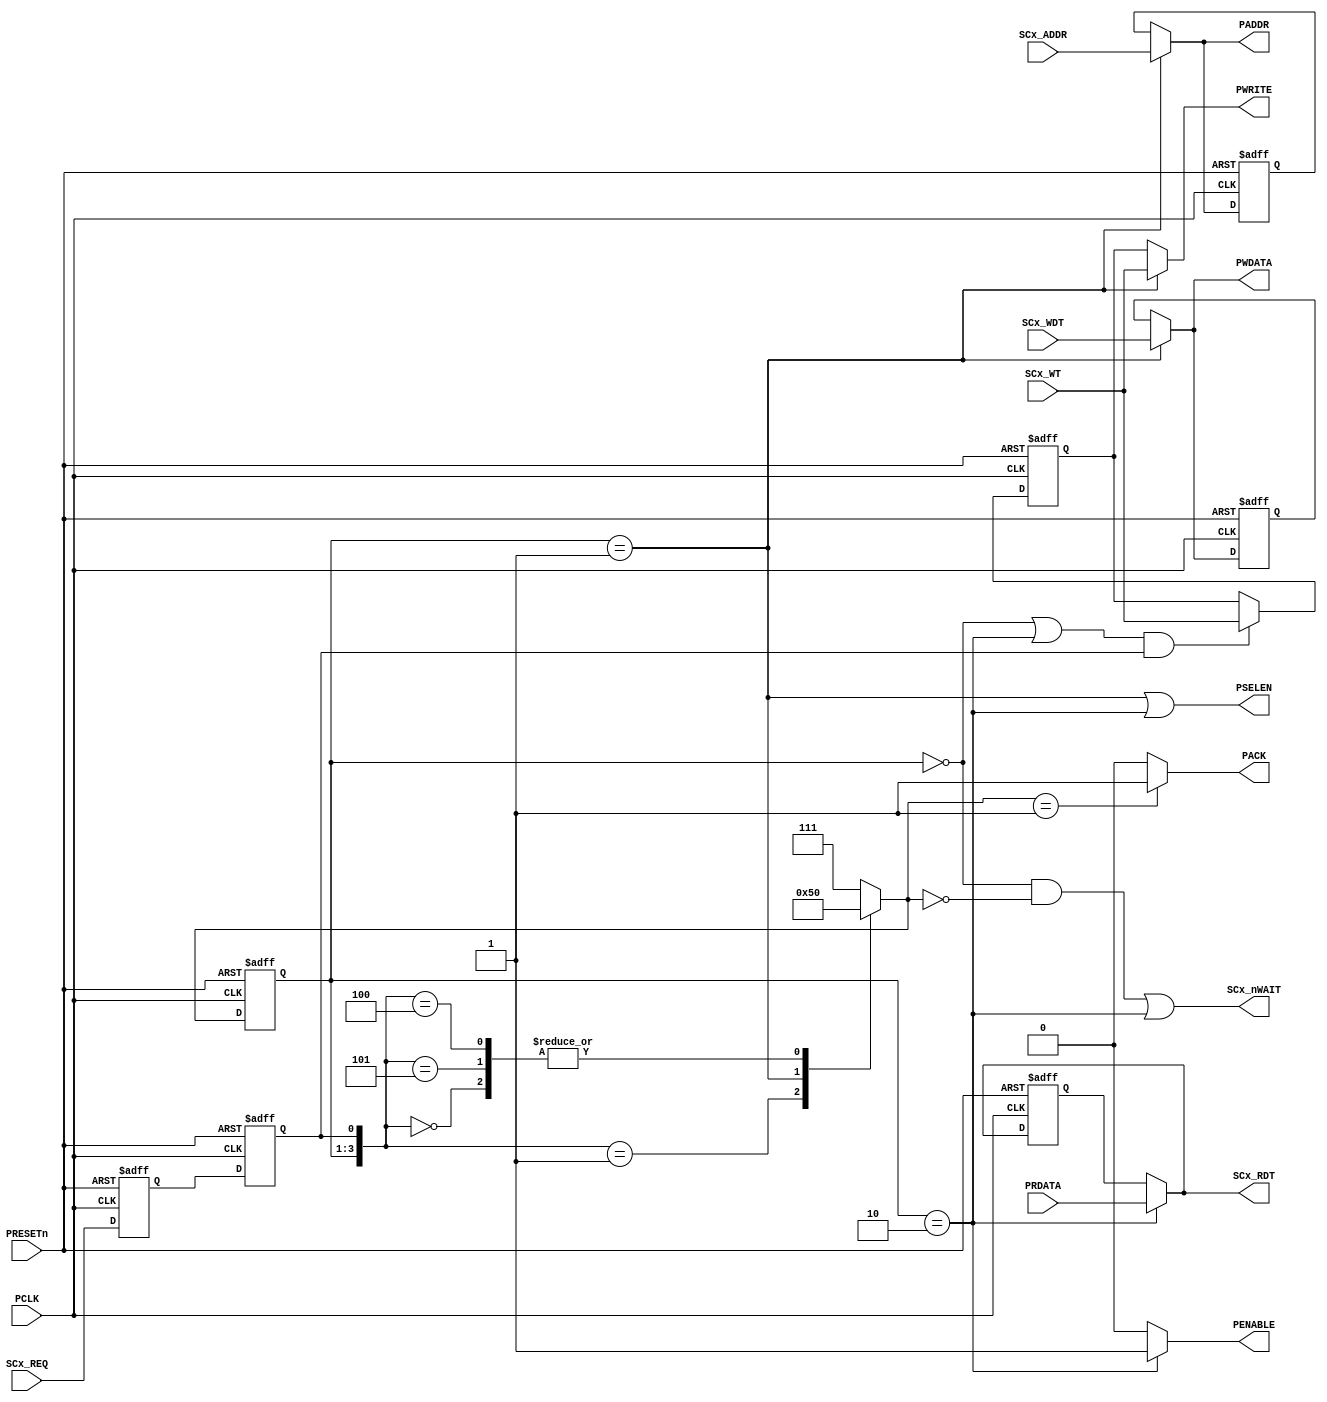
/****************************************************************************
*                                                                           *
*                               Bridge APB                                  *
*                                                                           *
*****************************************************************************
*                                                                           *
*  Description :  				                            *
*  Modify signal timing to interconnect SRAM with APB timing         	    *
*  BRG_APB_WRP plays a role of APB MASTER      	    			    *
*                                                                           *
*****************************************************************************
*                                                                           *
*  Copyright (c) 2008 by Integrated Computer Systems Lab. (ICSL), KAIST     *
*                                                                           *
*  All rights reserved.                                                     *
*                                                                           *
*  Do Not duplicate without prior written consent of ICSL, KAIST.           *
*                                                                           *
*                                                                           *
*                                                  Designed By Ji-Hoon Kim  *
*                                                             Duk-Hyun You  *
*                                                                           *
*                                              Supervised By In-Cheol Park  *
*                                                                           *
*                                                                           *
****************************************************************************/

module BRG_APB_WRP
(
	// From Core-B Lite Slave Wrapper
	input	wire					SCx_REQ, 
	input	wire					SCx_WT, 
	input	wire		[31:0]		SCx_ADDR, 
	input	wire		[31:0]		SCx_WDT,

	// APB Common Signals
	input	wire					PCLK,
	input	wire					PRESETn,

	// To APB
	output	wire					PENABLE,
	output	wire					PWRITE,	
	output	wire		[31:0]		PADDR,	
	output	wire		[31:0]		PWDATA,
	output	wire					PSELEN,

	// From APB	
	input	wire		[31:0]		PRDATA,
	
	// To APBWrapper(SlaveWrapper)
	output	wire					PACK,
	output	wire					SCx_nWAIT,
	output	wire		[31:0]		SCx_RDT
);
//////////////////////////
//	State Parameters	//
//////////////////////////
localparam		ST_IDLE 	= 3'b000;
localparam		ST_SETUP 	= 3'b001;	//Setup Stage
localparam		ST_ENABLE	= 3'b010;	//Enable Stage
localparam		ST_WAIT		= 3'b011;	//Wait Stage
localparam		ST_ERROR	= 3'b111;	//Error

	reg		[2:0]		CurState;	
	reg		[2:0]		NextState;

	// The CLK is different between
	//		Core-B Lite
	//		APB	
	// There Could be a skew between them
	// This Situation can be similar to the ASYNC Systems.
	// In order to fix this, Double Latching is used! 
	reg					L_SCx_REQ;
	reg					Sync_SCx_REQ;

	// Synchronizer 1
	always@(posedge PCLK or negedge PRESETn)
	begin
		if(~PRESETn)
		begin
			L_SCx_REQ <= 1'b0;
		end
		else
		begin
			L_SCx_REQ <= SCx_REQ;
		end
	end

	// Synchronizer 2
	always@(posedge PCLK or negedge PRESETn)
	begin
		if(~PRESETn)
		begin
			Sync_SCx_REQ <= 1'b0;
		end
		else
		begin
			Sync_SCx_REQ <= L_SCx_REQ;
		end
	end

//////////////////////////////////////////////////////////////////////
//////////////////////////////////////////////////////////////////////
//																	//
//					Finite State Machine(FSM)						//
//																	//
//////////////////////////////////////////////////////////////////////
//////////////////////////////////////////////////////////////////////
	always@ (posedge PCLK or negedge PRESETn)
	begin
		if(~PRESETn)
		begin
			CurState <= ST_IDLE;
		end
		else
		begin
			CurState <= NextState;
		end
	end

//////////////////////////
//	NextState Determine	//
//////////////////////////
	always@*
	begin
		casex(	{CurState,	Sync_SCx_REQ} )
				//IDLE
				{ST_IDLE,  	1'b1}:	NextState <= ST_SETUP; 

				// 		There is NO VALID transfer, Remain in the RDY State
				{ST_IDLE,  	1'b0}:	NextState <= ST_IDLE;

				//SETUP
				// 		The Read transfer doesn't need to wait for Valid WDT
				{ST_SETUP, 	1'bx}:	NextState <= ST_ENABLE;
				
				//ENABLE			
				//		There is Transfer,
				{ST_ENABLE, 1'b1}:	NextState <= ST_IDLE;

				//		There is NO Transfer, Go to IDLE
				{ST_ENABLE, 1'b0}:	NextState <= ST_IDLE;

				// If Weird inputs are coming, go to ERROR State
				// NOTICE) 
				//		ST_ERROR does NOT represent that SLV_ERR is asserted
				//		ST_ERROR exists for checking if there are unexpected input or not
				default:			NextState <= ST_ERROR;	
		endcase
	end

//////////////////////////////////////////////////////////////////////
//////////////////////////////////////////////////////////////////////
//																	//
//						OUTPUT	DETERMINE							//
//																	//
//////////////////////////////////////////////////////////////////////
//////////////////////////////////////////////////////////////////////

//////////////////////////////////
// 		To APB Slave Signals	//
//////////////////////////////////
	// 1. PENABLE
	assign PENABLE = (CurState == ST_ENABLE)? 1'b1 : 1'b0;


	// 2. PWRITE
	wire				iPWRITE;
	reg					L_iPWRITE;

	assign iPWRITE = SCx_WT;
	always@(posedge PCLK or negedge PRESETn)
	begin
		if(~PRESETn)
		begin
			L_iPWRITE <= 1'b0;
		end
		else
		begin
			if( ( (CurState == ST_IDLE) | (CurState == ST_ENABLE) ) && Sync_SCx_REQ )
			begin
				L_iPWRITE <= iPWRITE;
			end
		end
	end
	assign PWRITE =  (CurState == ST_SETUP)? iPWRITE : L_iPWRITE;	

	// 3. PADDR
	wire	[31:0]		iPADDR;
	reg		[31:0]		L_iPADDR;


	assign iPADDR = SCx_ADDR;
	always@(posedge PCLK or negedge PRESETn)
	begin
		if(~PRESETn)
		begin
			L_iPADDR <= 32'b0;
		end
		else
		begin
			if( CurState == ST_SETUP )
			begin
				L_iPADDR <= iPADDR;
			end
		end
	end
	assign PADDR   = (CurState == ST_SETUP)? iPADDR : L_iPADDR;

	// 4. PWDATA
	wire	[31:0]		iPWDATA;
	reg		[31:0]		L_iPWDATA;

	assign iPWDATA = SCx_WDT;
	always@(posedge PCLK or negedge PRESETn)
	begin
		if(~PRESETn)
		begin
			L_iPWDATA <= 32'b0;
		end
		else
		begin
			if( CurState == ST_SETUP)
			begin
				L_iPWDATA <= iPWDATA;
			end
		end
	end
	assign PWDATA = (CurState == ST_SETUP)? iPWDATA : L_iPWDATA;

	// 5. PSELEN
	assign PSELEN = (CurState == ST_SETUP) | (CurState == ST_ENABLE);

//////////////////////////////////
// 		To Core-B BUS Wrapper	//
//////////////////////////////////
	// 1. PACK
	assign PACK = (NextState == ST_SETUP)? 1'b1 : 1'b0;

	// 2. SCx_nWAIT
	assign SCx_nWAIT = (CurState == ST_IDLE && NextState == ST_IDLE) | (CurState == ST_ENABLE);

	// 3. SCx_RDT

	reg		[31:0]		L_PRDATA;

	always@(posedge PCLK or negedge PRESETn)
	begin
		if(~PRESETn)
		begin
			L_PRDATA <= 32'b0;
		end
		else
		begin
			if(CurState == ST_ENABLE)
			begin
				L_PRDATA <= PRDATA;
			end
		end
	end

	assign SCx_RDT =  (CurState == ST_ENABLE)? PRDATA: L_PRDATA;
// 1)Core-B Lite I/F Part
//		Sample the Core-B Lite Bus Signals (Slave Wrapper Do this) 
//		Maintain the Core-B Lite Bus Signals until APB transfer is completed
//		Postpone the Core-B Lite Bus until APB transfer is completed
//		NOTICE) 
//			APB has No RDY signals, i.e) APB assume that slave respond to the requested transfer within 1 Cycle!!
//			But, Core-B Lite & APB has their own CLK & Reset signals
//				Core-B Lite : CLK, nRST
//				APB			: PCLK, PRESETn
//			So We need the self-made RDY signals in order to compensate the difference between 2 BUS CLK
//				RDY Signal Direction : APB --> Core-B Lite
//				But PENABLE coubld be used as READY Signals(We don't Need to define another Signals!)
//				Because PENABLE points to the cycle when valid data transfer should occur

// 2)APB I/F Part

	// Slave Ready 
	//	Ready Case
	// 		1. Wait 		: NOT asserted
	//			APB has no RDY signal!!
	//			However, ST_ENABLE points to the cycle that valid data transfer occurs in
	//			Little modification is needed, because the ST_ENABLE is not asserted when Slave is ST_IDLE
	//			So, ST_IDLE is also added for proceeding!
	//	i.e) Although the error occured in the memory, 
	//		 That indicates that the memory responds to the requested transfer
endmodule